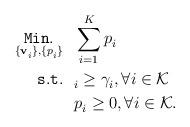
LaTeX: \begin{align*}\mathop{\mathtt{Min.}}\limits_{\{\mathbf{v}^{}_i\},\{p^{}_i\}} &~~ \sum_{i=1}^{K}p^{}_i \\\mathtt{s.t.}& ~~ ^{}_i \geq \gamma^{}_i, \forall i \in \mathcal{K} \\& ~~ p^{}_i \geq 0, \forall i \in \mathcal{K}.\end{align*}